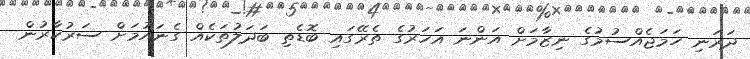
ދަރަނި ހަމަޖެއްސުމުގެ ނިޒާމަށް އަންނަ އަހަރުގެ ތެރޭގައި ބޮޑެތި ބަދަލުތަކެއް ގެނައުމަށް ސަރުކާރުން